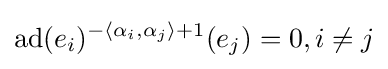
\operatorname {ad} (e_{i})^{-\langle \alpha _{i},\alpha _{j}\rangle +1}(e_{j})=0,i\neq j